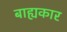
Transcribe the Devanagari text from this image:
बाह्यकार